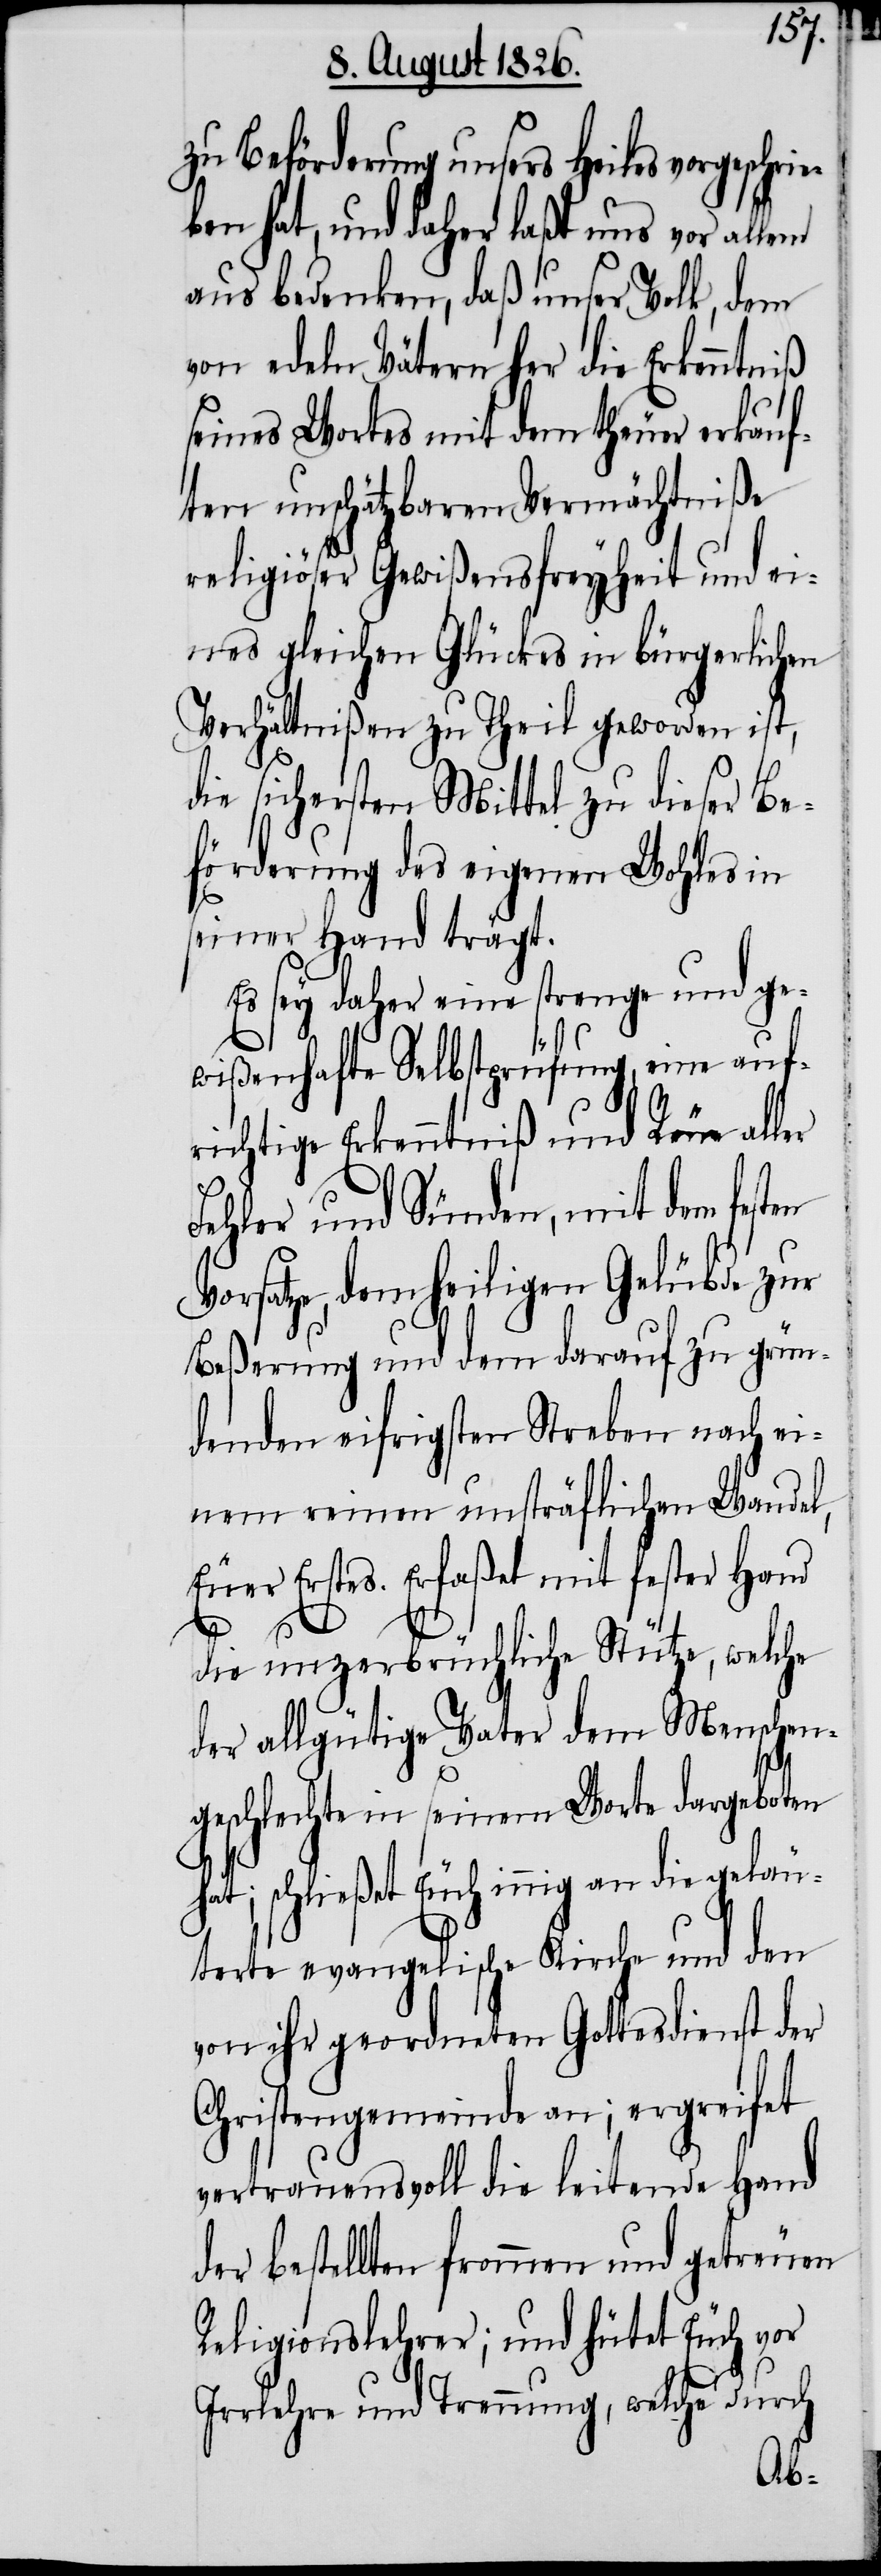
zu Beförderung unsers Heiles vorgeschr¬
ben hat, und daher laßt uns vor allem
aus Bedenken, daß unser Volk, dem
von edeln Vätern her die Erkenntniß
seines Wortes mit dem theuer erkauf¬
ten unschätzbaren Vermächtniße
religiöser Gewißensfreyheit und ei¬
nes gleichen Glückes in bürgerlichen
Verhältnißen zu Theil geworden ist,
die sichersten Mittel zu dieser Be¬
förderung des eigenen Wohles in
seiner Hand trägt.
Es sey daher eine strenge und ge¬
wißenhafte Selbstprüfung, eine auf¬
richtige Erkenntniß und Reue aller
Fehler und Sünden, mit dem
Vorsatze, dem heiligen Gelübde zur
Beßerung und dem darauf zu grün¬
denden eifrigsten Streben nach ei¬
nem reinen unsträflichen Wandel,
Euer Erstes. Erfaßet mit fester Hand
ie¬
die unzerbrüchliche Stütze, welche
der allgütige Vater dem Menschen¬
geschlechte in seinem Worte dargeboten
hat; schließet Euch innig an die geläu¬
terte evangelische Kirche und den
von ihr geordneten Gottesdienst der
Christengemeinde an; ergreifet
vertrauensvoll die leitende Hand
der bestellten frommen und getreuen
Religionslehrer; und hütet Euch vor
Irrlehre und Trennung, welche durch